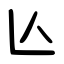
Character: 兦